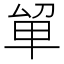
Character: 𭆡